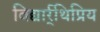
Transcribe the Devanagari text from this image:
विद्यार्र्थिप्रिय